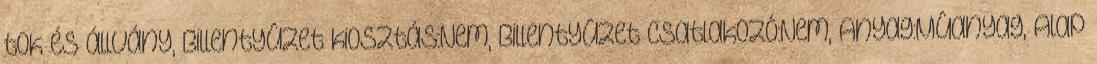
tok és állvány, Billentyûzet kiosztás:Nem, Billentyûzet csatlakozó:Nem, Anyag:Mûanyag, Alap